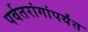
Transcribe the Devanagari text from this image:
पर्वतरांगांपर्यंत